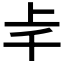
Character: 𠦋